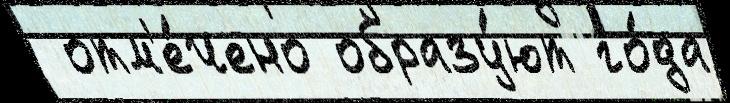
 отм'е́чено образу́ют го́да